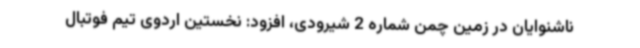
ناشنوایان در زمین چمن شماره 2 شیرودی، افزود: نخستین اردوی تیم فوتبال